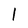
Character: l